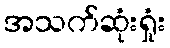
အသက်ဆုံးရှုံး